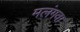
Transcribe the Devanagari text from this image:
मलंगवा